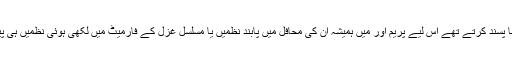
آزاد نظموں کو نا پسند کرتے تھے اس لیے پریم اور میں ہمیشہ ان کی محافل میں پابند نظمیں یا مسلسل غزل کے فارمیٹ میں لکھی ہوئی نظمیں ہی پیش کرتے تھے۔